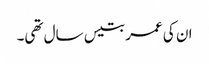
ان کی عمر بتیس سال تھی۔